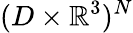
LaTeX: (D\times\mathbb{R}^{3})^{N}